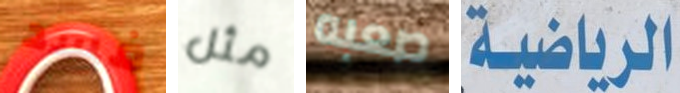
فسد مثل صعبه الرياضية